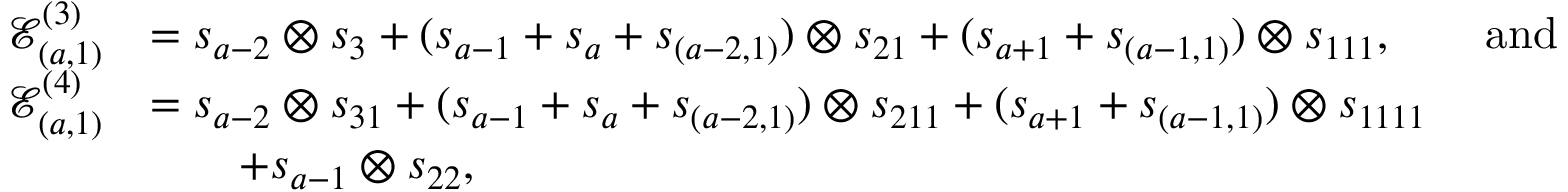
\begin{array} { r l } { \mathcal { E } _ { ( a , 1 ) } ^ { ( 3 ) } } & { = s _ { a - 2 } \otimes s _ { 3 } + ( s _ { a - 1 } + s _ { a } + s _ { ( a - 2 , 1 ) } ) \otimes s _ { 2 1 } + ( s _ { a + 1 } + s _ { ( a - 1 , 1 ) } ) \otimes s _ { 1 1 1 } , \qquad \mathrm { a n d } } \\ { \mathcal { E } _ { ( a , 1 ) } ^ { ( 4 ) } } & { = s _ { a - 2 } \otimes s _ { 3 1 } + ( s _ { a - 1 } + s _ { a } + s _ { ( a - 2 , 1 ) } ) \otimes s _ { 2 1 1 } + ( s _ { a + 1 } + s _ { ( a - 1 , 1 ) } ) \otimes s _ { 1 1 1 1 } } \\ & { \qquad + s _ { a - 1 } \otimes s _ { 2 2 } , } \end{array}